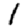
Digit: 1